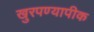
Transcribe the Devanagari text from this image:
खुरपण्यापीक